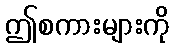
ဤစကားများကို